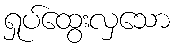
ရှုပ်ထွေးလှသော